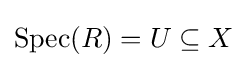
\operatorname {Spec} (R)=U\subseteq X